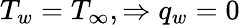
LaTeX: T_{w}=T_{\infty},\Rightarrow q_{w}=0